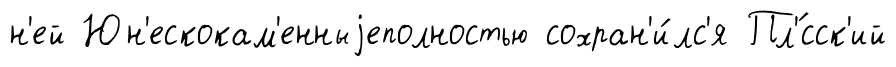
н'ей Юн'ескокам'енныjеполностью сохран'и́лс'я Пл'́сск'ий